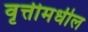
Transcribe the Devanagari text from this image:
वृत्तीमधील